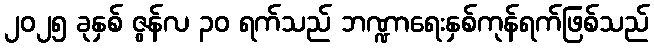
၂၀၂၅ ခုနှစ် ဇွန်လ ၃၀ ရက်သည် ဘဏ္ဍာရေးနှစ်ကုန်ရက်ဖြစ်သည်